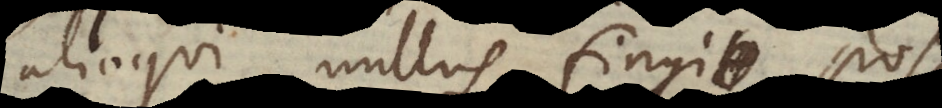
alioqui nullus fingi pos